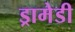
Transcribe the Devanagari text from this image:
ड्रामेडी